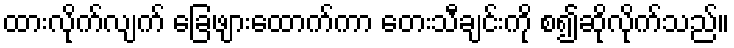
ထားလိုက်လျက် ခြေဖျားထောက်ကာ တေးသီချင်းကို စ၍ဆိုလိုက်သည်။